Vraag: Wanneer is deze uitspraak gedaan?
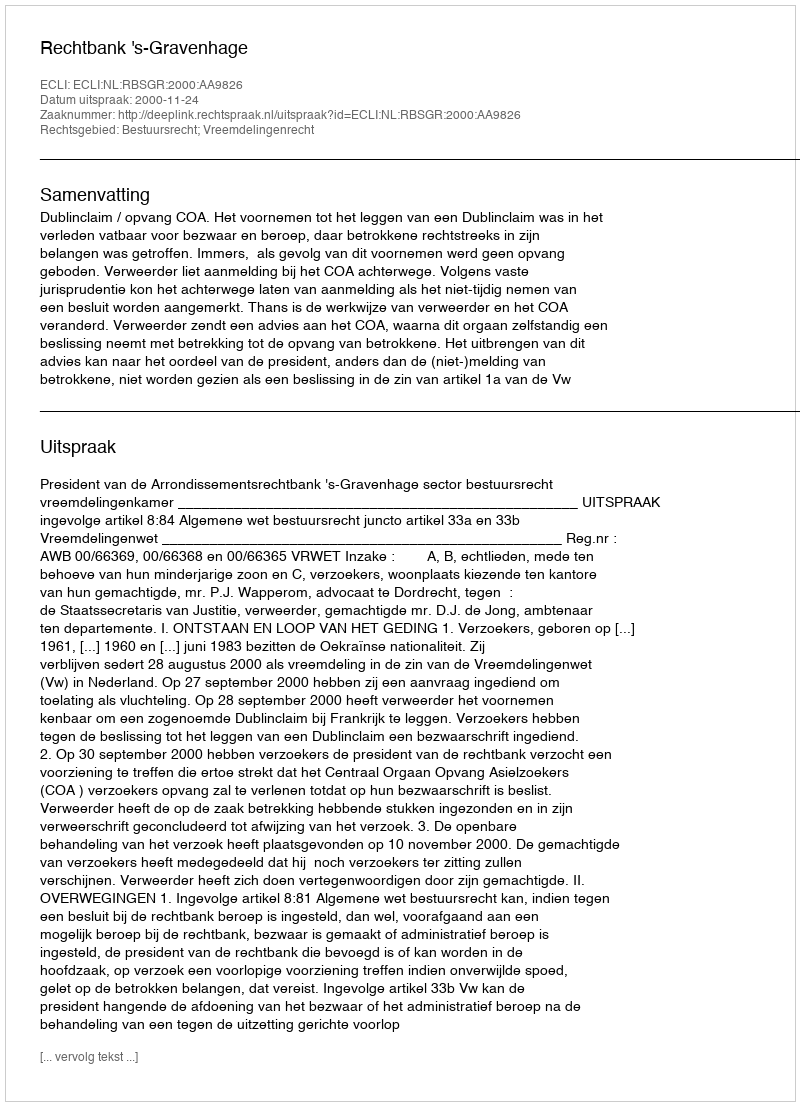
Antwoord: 2000-11-24